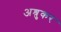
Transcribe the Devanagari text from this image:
अश्रुकर